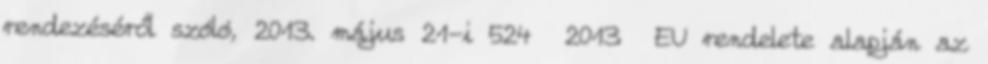
rendezéséről szóló, 2013. május 21-i 524 2013 EU rendelete alapján az